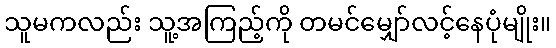
သူမကလည်း သူ့အကြည့်ကို တမင်မျှော်လင့်နေပုံမျိုး။